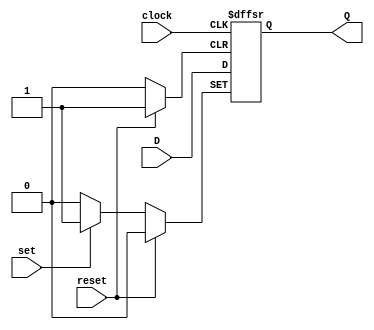
module d_flip_flop
	(output reg	Q,
	 input		D,
	 input		reset, set, clock);

	supply0 ground;
	supply1 vcc;

	always @ (posedge clock, posedge reset, posedge set) begin
		if (reset) Q <= ground;
		else if (set) Q <= vcc;
		else Q <= D;
	end

endmodule